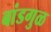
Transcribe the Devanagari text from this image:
बांडगुळ